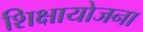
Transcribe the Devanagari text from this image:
शिक्षायोजना